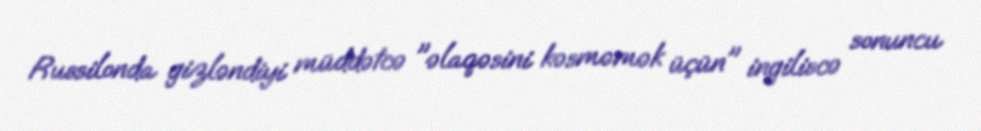
Russilonda gizləndiyi müddətcə "əlaqəsini kəsməmək üçün" ingiliscə sonuncu